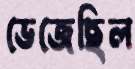
ভেজেছিল